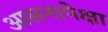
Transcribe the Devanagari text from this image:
आसनापेक्षा